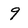
Character: 9